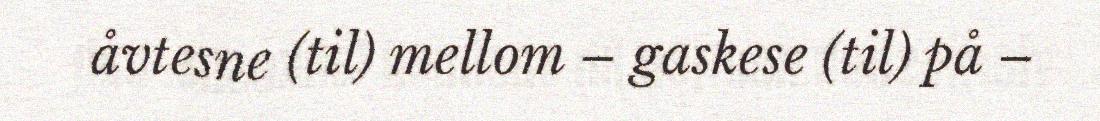
åvtesne (til) mellom – gaskese (til) på –